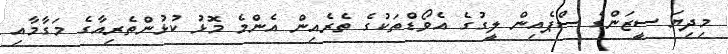
މިދިޔަ ސީޒަންގެ ސްޕެއިން ލީގުގެ އެވޯޑްތަކުގެ ތެރެއިން އެންމެ މޮޅު ކުޅުންތެރިއާގެ މަގާމާއި